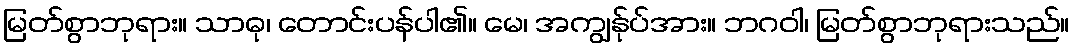
မြတ်စွာဘုရား။ သာဓု၊ တောင်းပန်ပါ၏။ မေ၊ အကျွန်ုပ်အား။ ဘဂဝါ၊ မြတ်စွာဘုရားသည်။